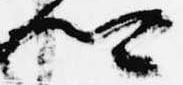
卿